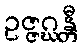
ဥဇ္ဇဂ္ဃန္တီ